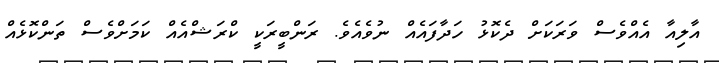
އާލިއާ އެއްވެސް ވަރަކަށް ދެކޮޅު ހަދާފައެއް ނުވެއެވެ. ރަންބީރަކީ ކްރަޝްއެއް ކަމަށްވެސް ތަންކޮޅެއް